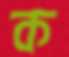
ক